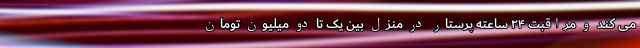
می کند و مراقبت ۲۴ ساعته پرستار در منزل بین یک تا دو میلیون تومان